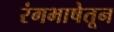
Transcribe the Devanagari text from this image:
रंगभाषेतून